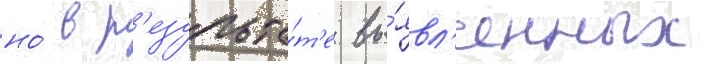
но́ в р'езульта́т'е вы́явл'енных